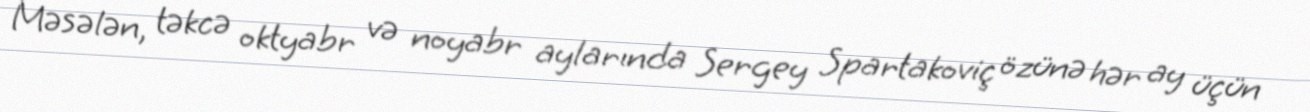
Məsələn, təkcə oktyabr və noyabr aylarında Sergey Spartakoviç özünə hər ay üçün